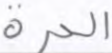
الحرة